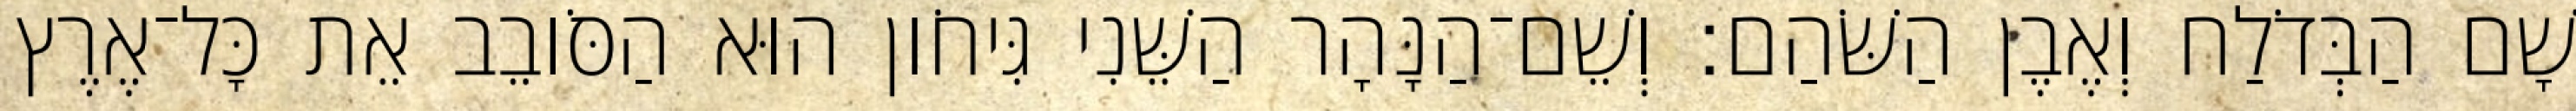
שָׁם הַבְּדֹלַח וְאֶבֶן הַשֹּׁהַם׃ וְשֵׁם־הַנָּהָר הַשֵּׁנִי גִּיחֹון הוּא הַסֹּובֵב אֵת כָּל־אֶרֶץ